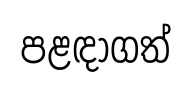
පළඳාගත්